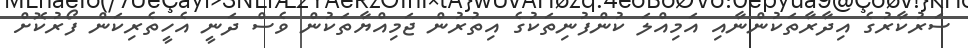
ސަރުކާރުގެ އިދާރާތަކުންނާއި އަމިއްލަ ކުންފުނިތަކުގެ އިތުރުން ޖަމިއްޔާތަކުން ވެސް ދަނީ އެހީތެރިކަން ފޯރުކޮށް